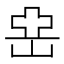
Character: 𡸭